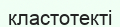
кластотекті